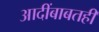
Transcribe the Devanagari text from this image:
आदींबाबतही